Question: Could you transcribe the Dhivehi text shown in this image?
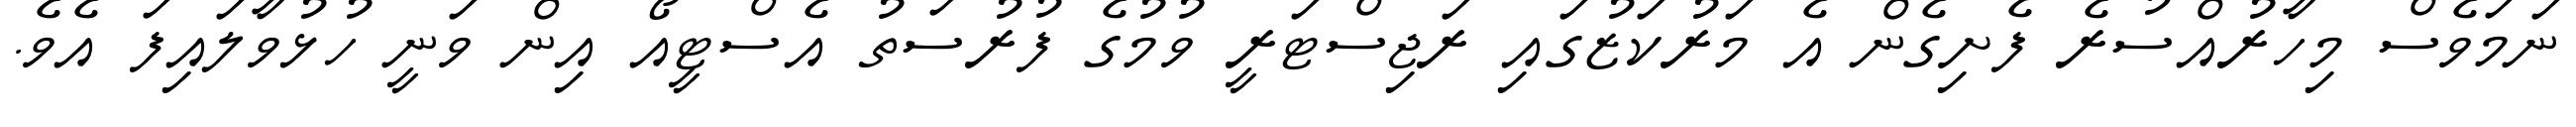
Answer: ނަމަވެސް މިހާރުއްސުރެ ފެށިގެން އެ މަރުކަޒުގައި ރަޖިސްޓަރީ ވުމުގެ ފުރުސަތު އެސްޓީއޯ އިން ވަނީ ހުޅުވާލައިފަ އެވެ.